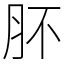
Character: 肧